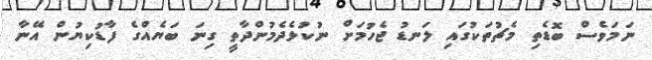
ނަމަވެސް ބޮޑެތި މެޗުތަކުގައި ލަނޑު ޖެހުމަށް ނުކުޅެދެމުންދާތީ ގިނަ ބަޔެއްގެ ފާޑުކިޔުން އޭނާ